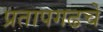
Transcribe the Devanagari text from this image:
प्रतापगढचे